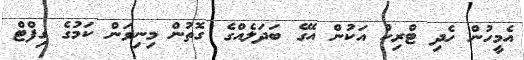
އެމީހުން ހެދި ޓްރިކް އަކުން އޭގެ ބަދަލެއްގެ ގޮތުން މިނިވަން ކަމުގެ ގިފްޓް